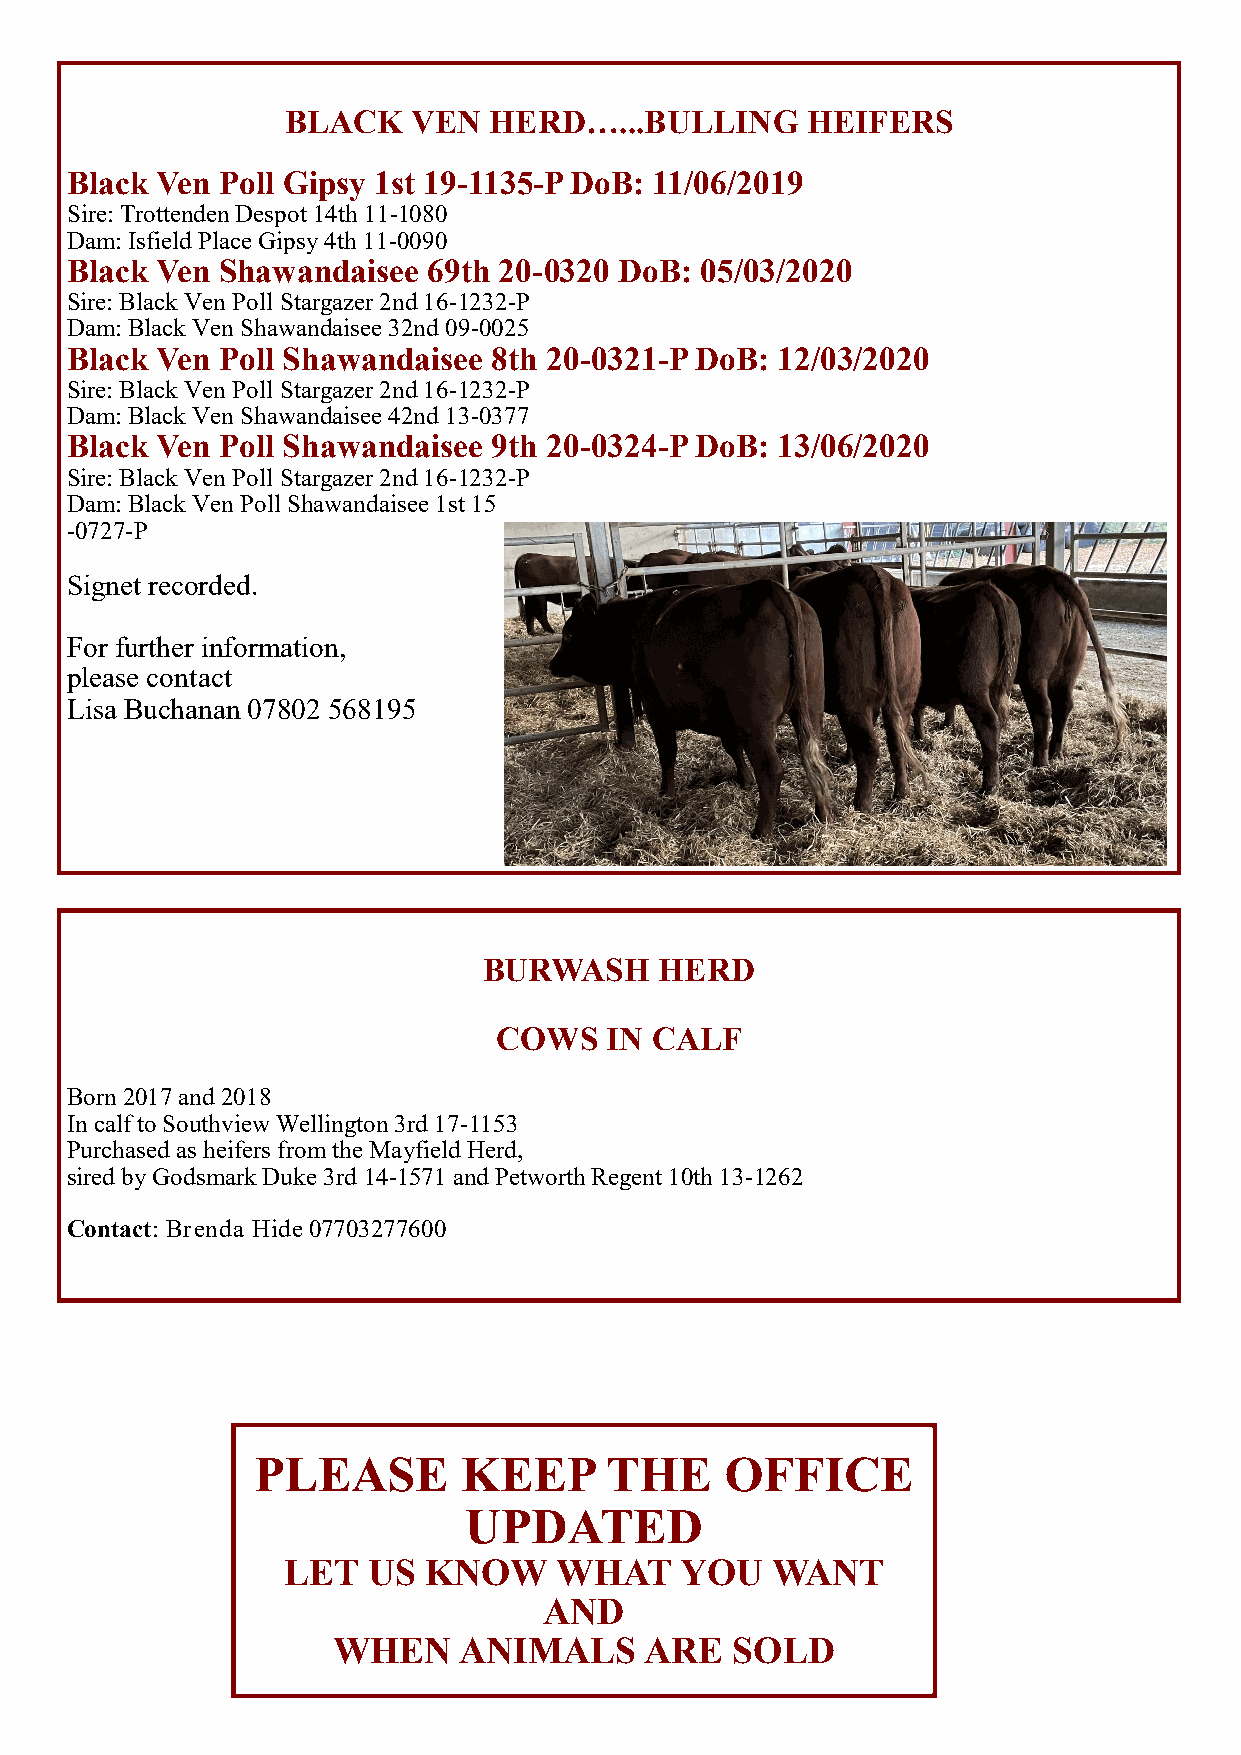
BLACK   VEN  HERD…...BULLING      HEIFERS
 Black Ven Poll Gipsy 1st 19-1135-P DoB: 11/06/2019
 Sire: Trottenden Despot 14th 11-1080
 Dam: Isfield Place Gipsy 4th 11-0090
 Black Ven Shawandaisee  69th 20-0320 DoB: 05/03/2020
 Sire: Black Ven Poll Stargazer 2nd 16-1232-P
 Dam: Black Ven Shawandaisee 32nd 09-0025
 Black Ven Poll Shawandaisee  8th 20-0321-P DoB: 12/03/2020
 Sire: Black Ven Poll Stargazer 2nd 16-1232-P
 Dam: Black Ven Shawandaisee 42nd 13-0377
 Black Ven Poll Shawandaisee  9th 20-0324-P DoB: 13/06/2020
 Sire: Black Ven Poll Stargazer 2nd 16-1232-P
 Dam: Black Ven Poll Shawandaisee 1st 15
 -0727-P
 Signet recorded.
 For further information,
 please contact
 Lisa Buchanan 07802 568195
 BURWASH     HERD
 COWS   IN CALF
 Born 2017 and 2018
 In calf to Southview Wellington 3rd 17-1153
 Purchased as heifers from the Mayfield Herd,
 sired by Godsmark Duke 3rd 14-1571 and Petworth Regent 10th 13-1262
 Contact: Brenda Hide 07703277600
 PLEASE        KEEP     THE     OFFICE
 UPDATED
 LET  US  KNOW     WHAT    YOU   WANT
 AND
 WHEN    ANIMALS      ARE  SOLD